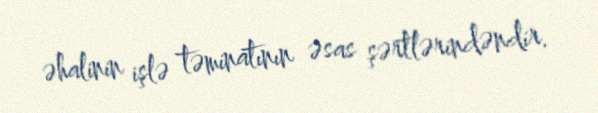
əhalinin işlə təminatının əsas şərtlərindəndir.